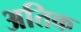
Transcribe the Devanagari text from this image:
अतिक